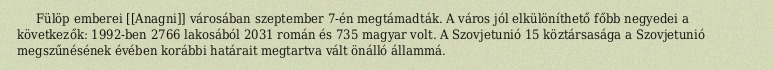
Fülöp emberei [[Anagni]] városában szeptember 7-én megtámadták. A város jól elkülöníthető főbb negyedei a következők: 1992-ben 2766 lakosából 2031 román és 735 magyar volt. A Szovjetunió 15 köztársasága a Szovjetunió megszűnésének évében korábbi határait megtartva vált önálló állammá.